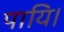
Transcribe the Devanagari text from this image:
पायि।